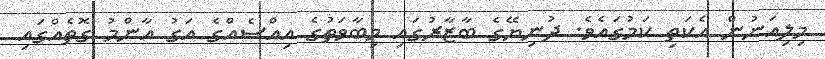
މިލިއަނުން އެކަތި ކަމުގައެވެ. ދުނިޔޭގެ ބާޒާރުގައި މިބާވަތުގެ އިއްސެއްގެ އަގު އާންމު ގޮތެއްގައި